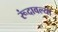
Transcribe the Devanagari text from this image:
रूंदावल्या